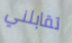
تقابلني